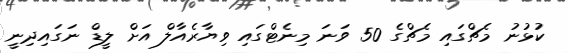
ކުޅުނު މެޗްގައި މެޗްގެ 50 ވަނަ މިނެޓްގައި ވިޔާރެއާލް އަށް ލީޑް ނަގައިދިނީ